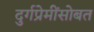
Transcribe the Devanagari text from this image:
दुर्गप्रेमींसोबत